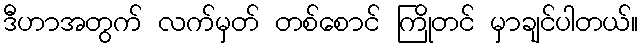
ဒီဟာအတွက် လက်မှတ် တစ်စောင် ကြိုတင် မှာချင်ပါတယ်။